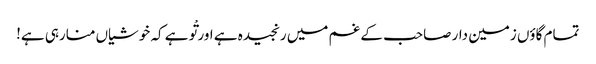
تمام گاؤں زمین دار صاحب کے غم میں رنجیدہ ہے اور تْو ہے کہ خوشیاں منارہی ہے!